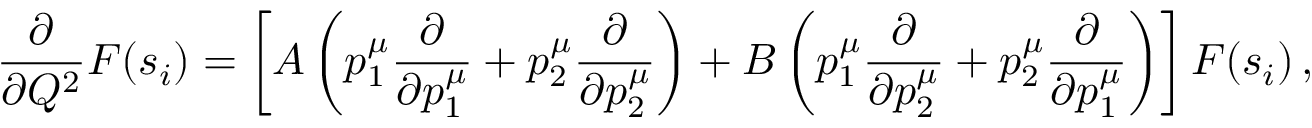
\frac { \partial } { \partial Q ^ { 2 } } F ( s _ { i } ) = \left[ A \left( p _ { 1 } ^ { \mu } \frac { \partial } { \partial p _ { 1 } ^ { \mu } } + p _ { 2 } ^ { \mu } \frac { \partial } { \partial p _ { 2 } ^ { \mu } } \right) + B \left( p _ { 1 } ^ { \mu } \frac { \partial } { \partial p _ { 2 } ^ { \mu } } + p _ { 2 } ^ { \mu } \frac { \partial } { \partial p _ { 1 } ^ { \mu } } \right) \right] F ( s _ { i } ) \, ,